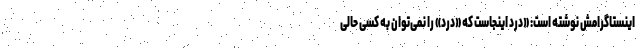
اینستاگرامش نوشته است: «درد اینجاست که «درد» را نمی‌توان به کسی حالی